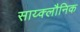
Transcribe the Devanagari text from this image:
साय्क्लौनिक